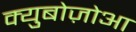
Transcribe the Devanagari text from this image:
क्युबोज़ोआ